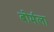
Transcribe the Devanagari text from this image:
बोर्मला